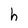
Character: h